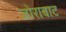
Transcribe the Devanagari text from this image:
जोराबाट